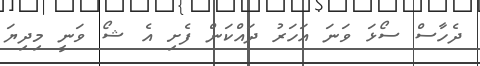
ދެހާސް ސޯޅަ ވަނަ އަހަރު ދައްކަން ފެށި އެ ޝޯ ވަނީ މިދިޔަ